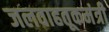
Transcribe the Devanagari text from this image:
जलवाहतूकमंत्री